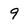
Character: 9